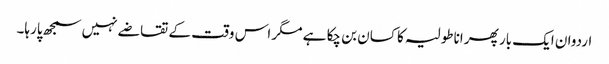
اردوان ایک بار پھر اناطولیہ کا کسان بن چکا ہے مگر اس وقت کے تقاضے نہیں سمجھ پارہا۔